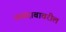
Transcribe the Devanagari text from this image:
उच्चदाबावरील